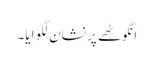
انگوٹھے پر نشان لگوایا۔